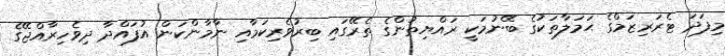
މިފަދަ ޓެރަރިޒަމްގެ ޙަމަލާތަކުގެ ބޭނުމަކީ ރައްޔިތުންގެ ތެރޭގައި ބިރުވެރިކަމާއި ނާމާންކަން އުފައްދާ ދިވެހިރާއްޖޭގެ